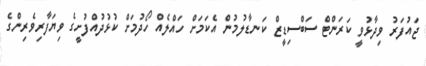
ޖައުފަރު ވިދާޅުވީ ކަރަންޓް ސަބްސިޑީޒް ކަނޑާލުމުން އެކަމަށް ހައްލެއް ހޯދުމަށް ކުޅުދުއްފުށީގެ ވިޔަފާރިވެރިންގެ